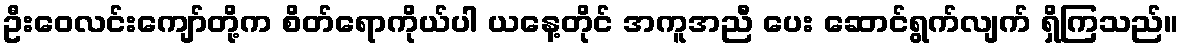
ဦးဝေလင်းကျော်တို့က စိတ်ရောကိုယ်ပါ ယနေ့တိုင် အကူအညီ ပေး ဆောင်ရွက်လျက် ရှိကြသည်။